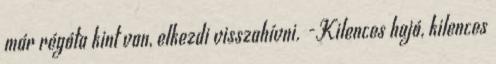
már régóta kint van, elkezdi visszahívni. -Kilences hajó, kilences